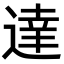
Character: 達